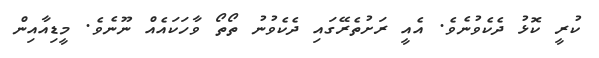
ކުރީ ކޮޅު ދެކެވުނެވެ. އެއީ ރަށުތެރޭގައި ދެކެވުނު ތޯތޯ ވާހަކައެއް ނޫނެވެ. މީޑިއާއިން